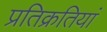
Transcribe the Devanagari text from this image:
प्रतिक्रतियां